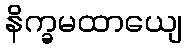
နိက္ခမထာယျေ